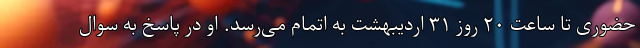
حضوری تا ساعت ۲۰ روز ۳۱ اردیبهشت به اتمام می‌رسد. او در پاسخ به سوال